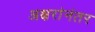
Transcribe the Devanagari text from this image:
अक्षरांनंतर